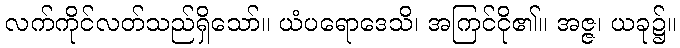
လက်ကိုင်လတ်သည်ရှိသော်။ ယံပရောဒေသိ၊ အကြင်ငို၏။ အဇ္ဇ၊ ယခု၌။